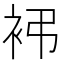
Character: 䘟